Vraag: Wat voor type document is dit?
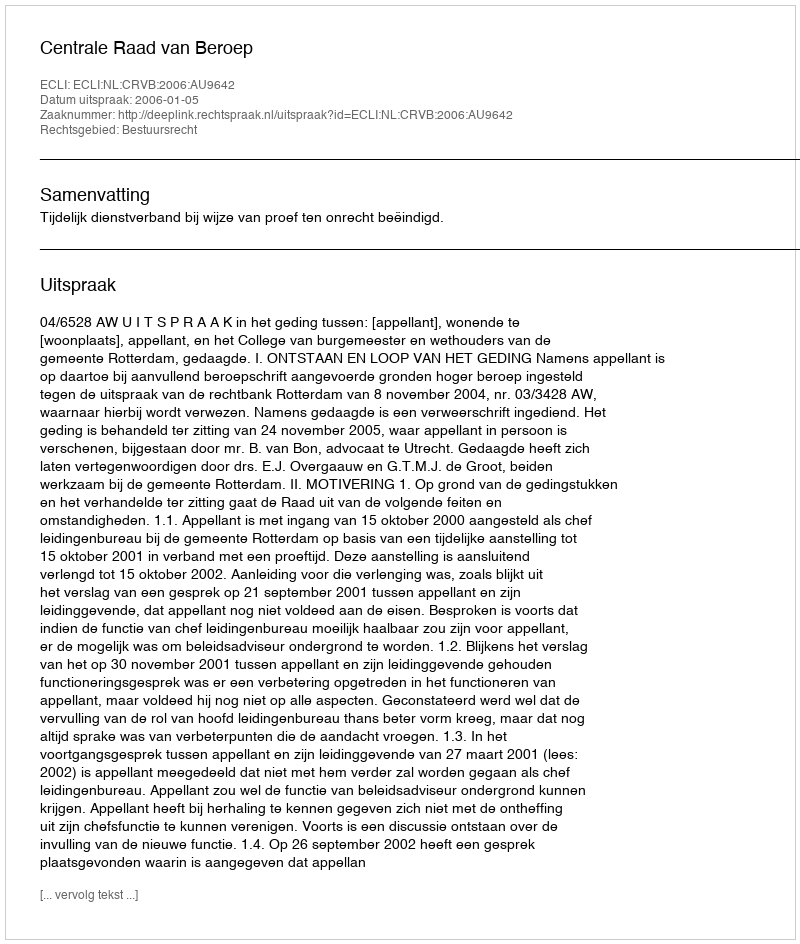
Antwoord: Uitspraak